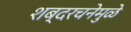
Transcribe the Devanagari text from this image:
शब्दरचनेमुळे